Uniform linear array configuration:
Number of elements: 8
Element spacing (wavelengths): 1
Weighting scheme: binomial
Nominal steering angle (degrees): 45
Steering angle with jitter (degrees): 45.735
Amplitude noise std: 0.05
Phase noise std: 0.05

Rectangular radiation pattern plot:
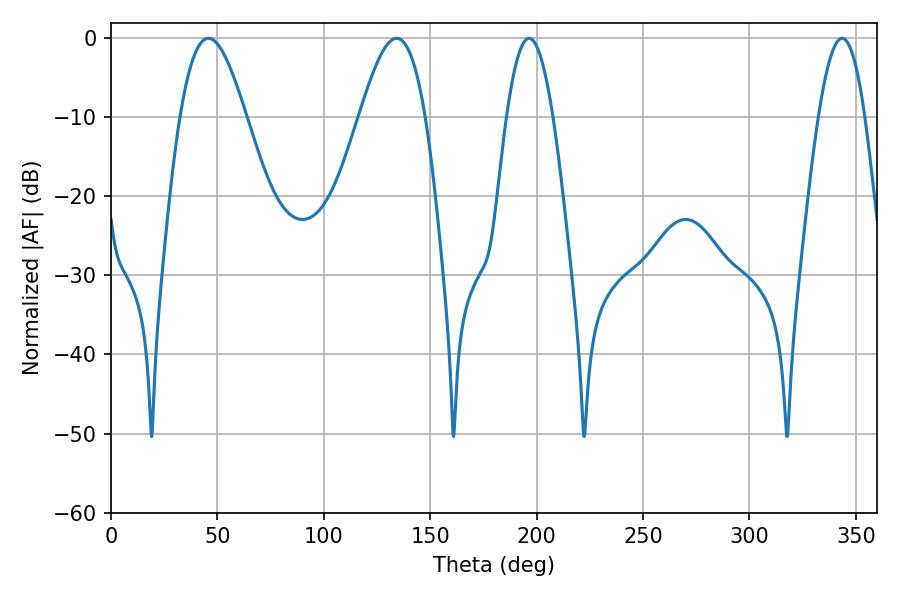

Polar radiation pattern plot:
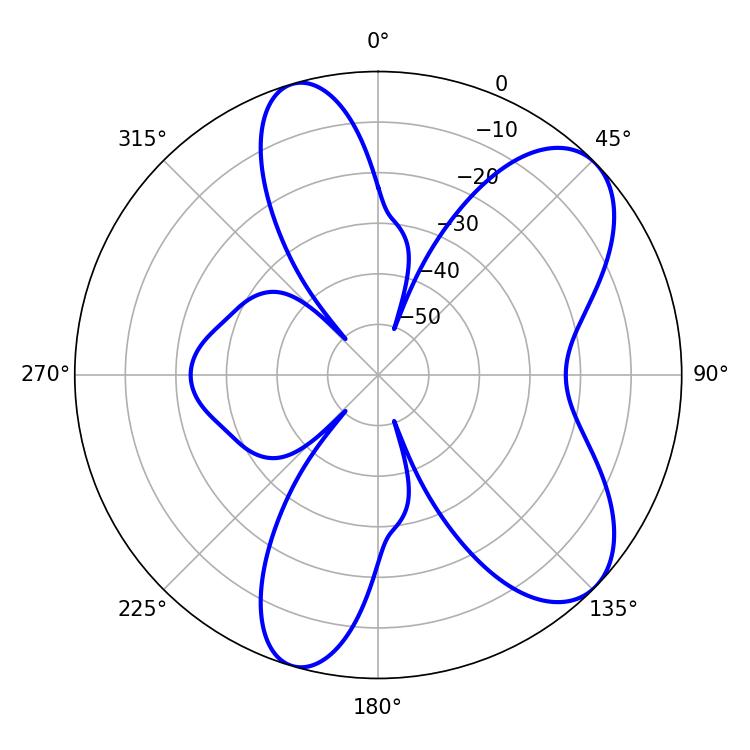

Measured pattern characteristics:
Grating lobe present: TRUE
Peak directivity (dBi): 7.739
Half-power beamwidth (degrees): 16.56
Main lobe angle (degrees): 45.72